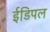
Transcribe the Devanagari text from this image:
ईडिपल